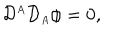
LaTeX: { \cal D } ^ { \scriptscriptstyle A } { \cal D } _ { \scriptscriptstyle A } \phi = 0 ,